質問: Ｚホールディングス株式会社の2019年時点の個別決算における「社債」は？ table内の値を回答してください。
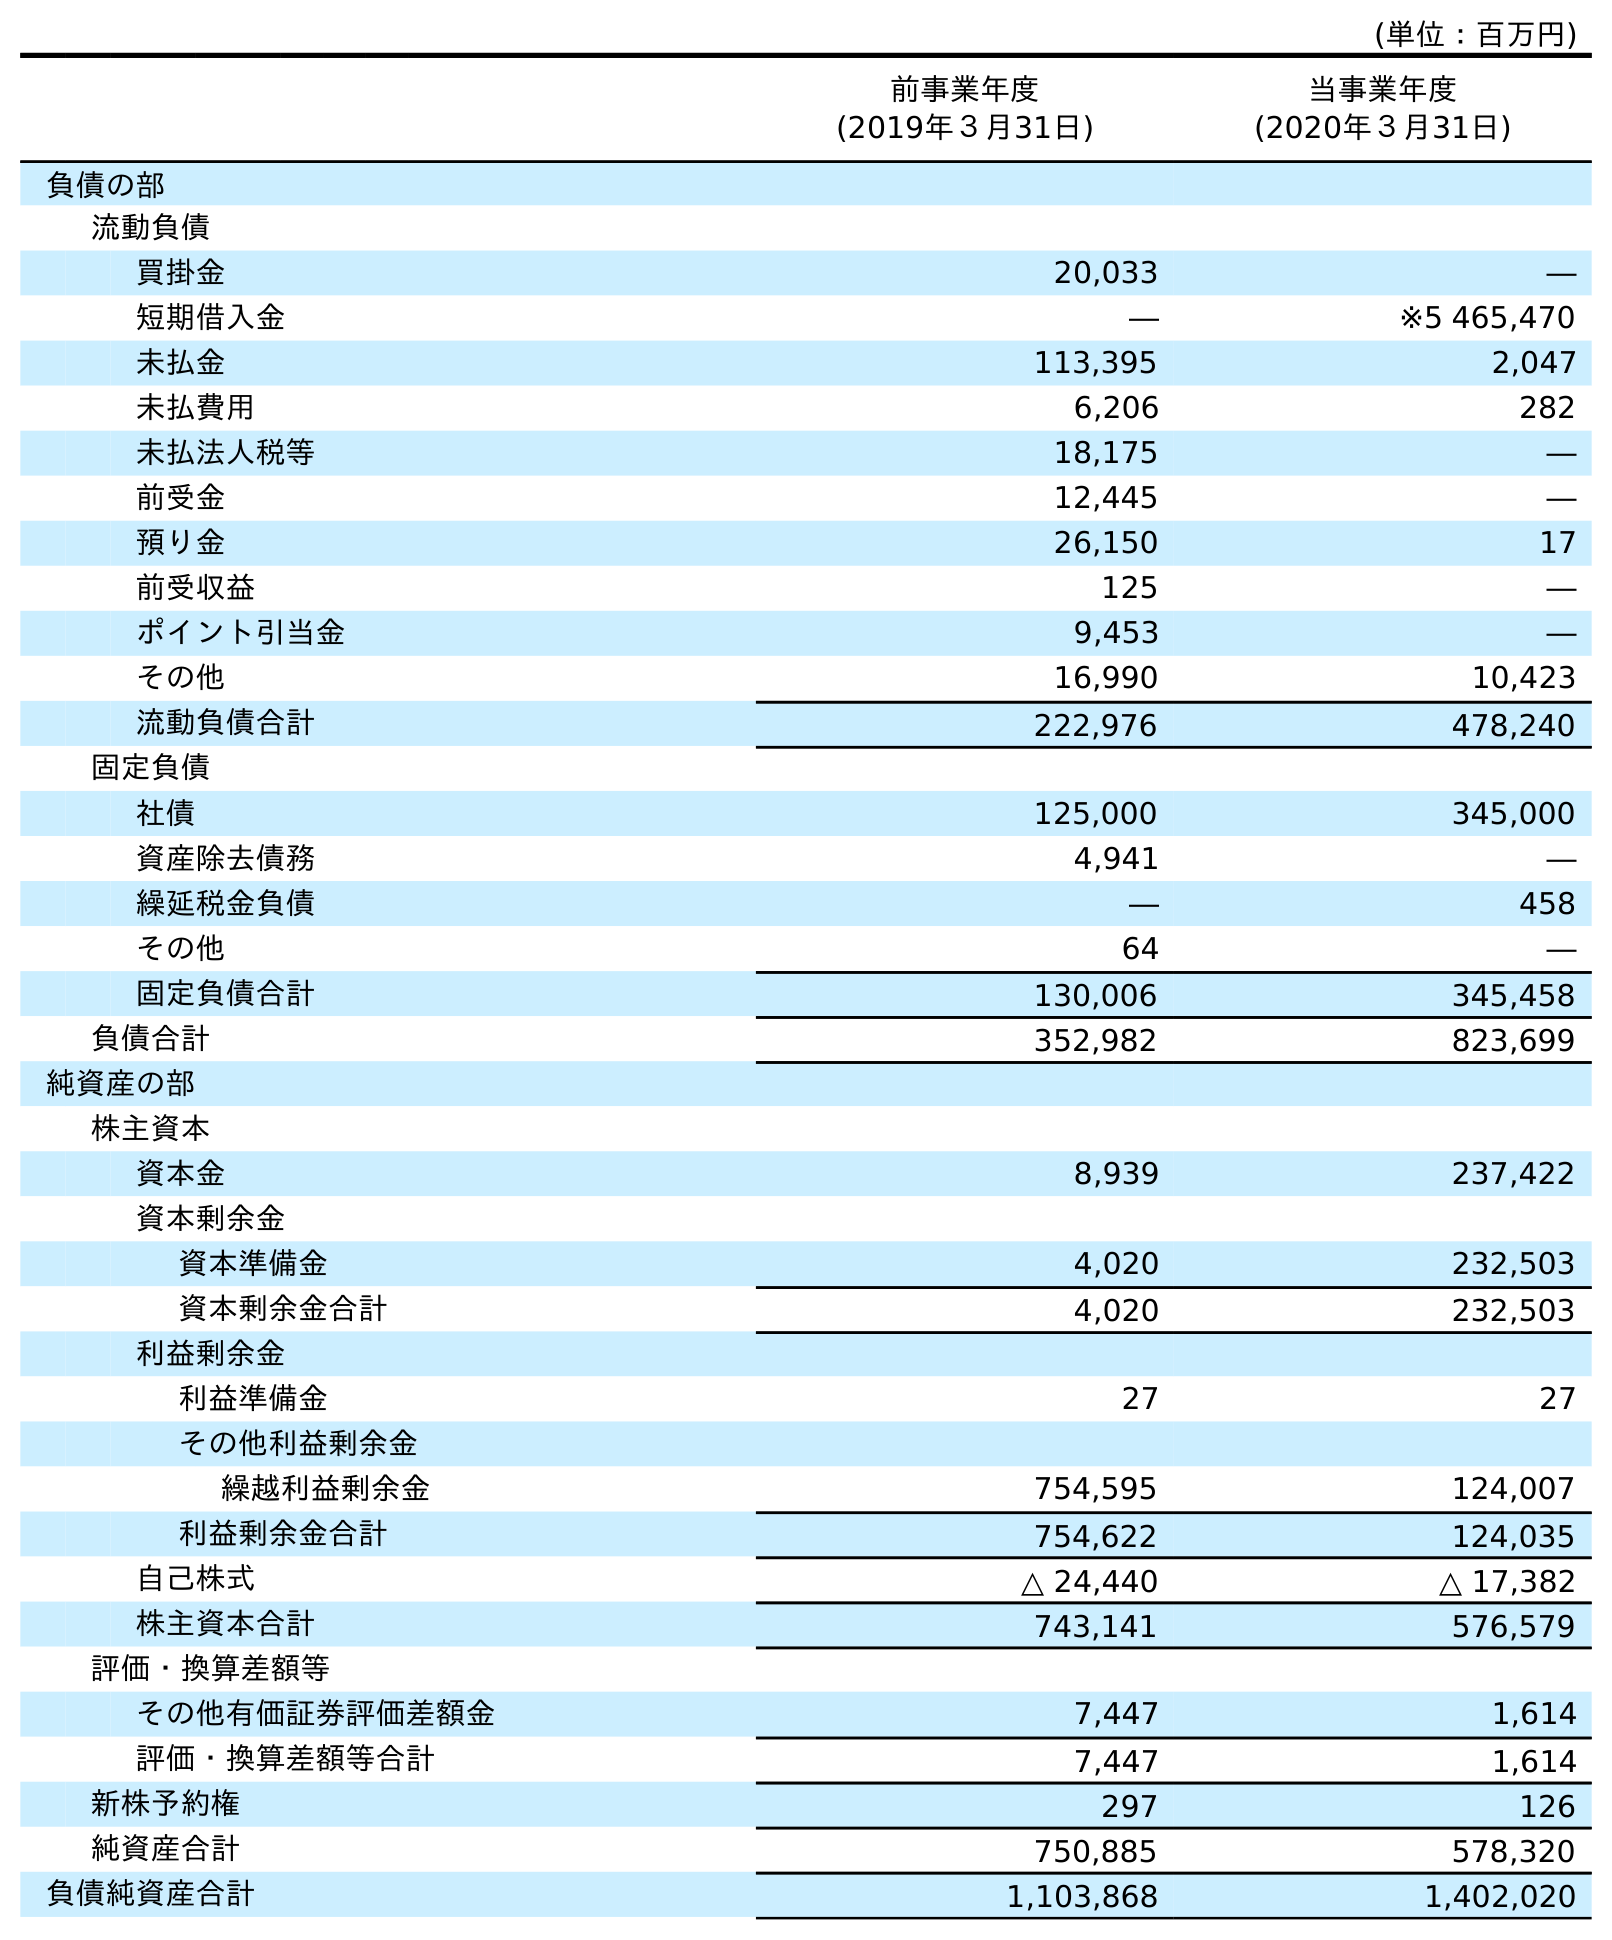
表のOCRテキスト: (単位：百万円) 前事業年度 (2019年３月31日) 当事業年度 (2020年３月31日) 負債の部 流動負債 買掛金 20,033 ― 短期借入金 ― ※5 465,470 未払金 113,395 2,047 未払費用 6,206 282 未払法人税等 18,175 ― 前受金 12,445 ― 預り金 26,150 17 前受収益 125 ― ポイント引当金 9,453 ― その他 16,990 10,423 流動負債合計 222,976 478,240 固定負債 社債 125,000 345,000 資産除去債務 4,941 ― 繰延税金負債 ― 458 その他 64 ― 固定負債合計 130,006 345,458 負債合計 352,982 823,699 純資産の部 株主資本 資本金 8,939 237,422 資本剰余金 資本準備金 4,020 232,503 資本剰余金合計 4,020 232,503 利益剰余金 利益準備金 27 27 その他利益剰余金 繰越利益剰余金 754,595 124,007 利益剰余金合計 754,622 124,035 自己株式 △ 24,440 △ 17,382 株主資本合計 743,141 576,579 評価・換算差額等 その他有価証券評価差額金 7,447 1,614 評価・換算差額等合計 7,447 1,614 新株予約権 297 126 純資産合計 750,885 578,320 負債純資産合計 1,103,868 1,402,020
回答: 125,000